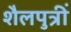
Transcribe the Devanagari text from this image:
शैलपुत्रीं